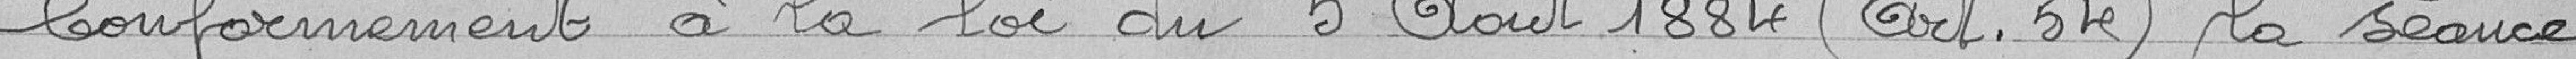
Conformément à la loi du 5 Août 1884 (Art. 54) la séance